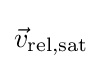
{\vec {v}}_{\text{rel,sat}}